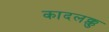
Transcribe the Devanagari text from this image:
कादलक्कु